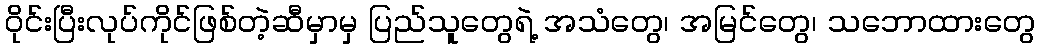
ဝိုင်းပြီးလုပ်ကိုင်ဖြစ်တဲ့ဆီမှာမှ ပြည်သူတွေရဲ့ အသံတွေ၊ အမြင်တွေ၊ သဘောထားတွေ